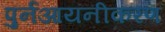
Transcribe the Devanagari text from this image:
पुर्नआयनीकरण